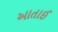
આતાઈ